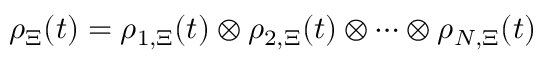
\rho _ { \Xi } ( t ) = \rho _ { 1 , \Xi } ( t ) \otimes \rho _ { 2 , \Xi } ( t ) \otimes \cdots \otimes \rho _ { N , \Xi } ( t )